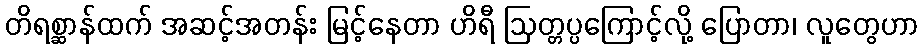
တိရစ္ဆာန်ထက် အဆင့်အတန်း မြင့်နေတာ ဟိရီ ဩတ္တပ္ပကြောင့်လို့ ပြောတာ၊ လူတွေဟာ